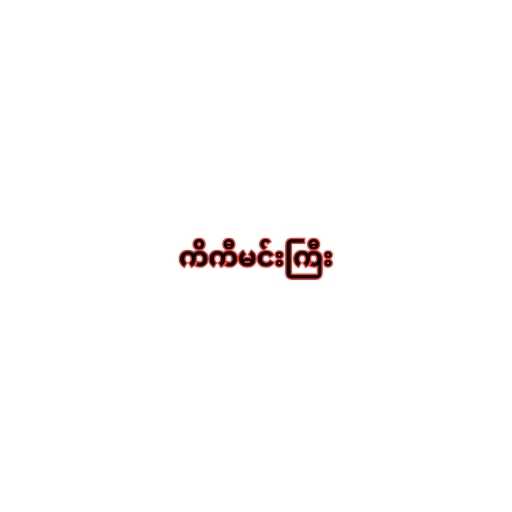
ကိကီမင်းကြီး